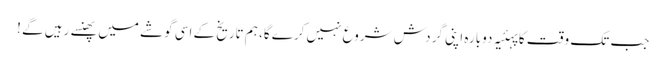
جب تک وقت کا پہئیہ دوبارہ اپنی گردش شروع نہیں کرے گا، ہم تاریخ کے اسی گوشے میں پھنسے رہیں گے !